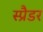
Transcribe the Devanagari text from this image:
स्प्रैडर